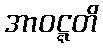
အာဝဋ္ဋတိ